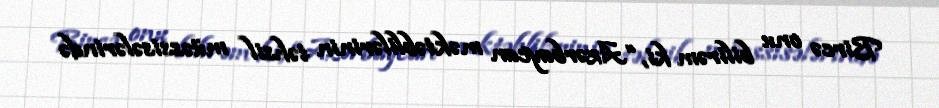
Bircə onu bilirəm ki, “Azərbaycan məktəblilərinin təhsil müəssisələrində